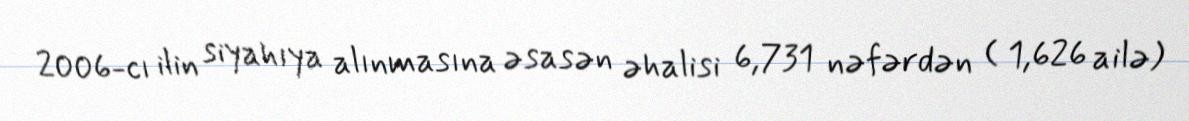
2006-cı ilin siyahıya alınmasına əsasən əhalisi 6,731 nəfərdən ( 1,626 ailə)